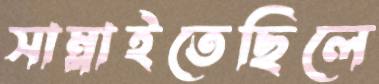
সাম্‌লাইতেছিলে